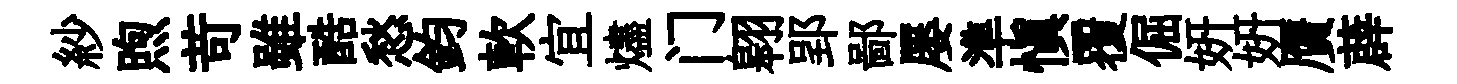
紗煦苛雖酷愁鈞軟宜燼门翱郢鄙屡準慎覆倔妍妍贋薜